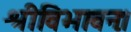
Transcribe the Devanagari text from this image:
श्रीविभावनः।